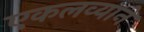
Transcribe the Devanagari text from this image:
एकलव्याने